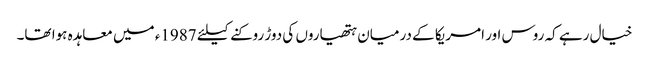
خیال رہے کہ روس اور امریکا کے درمیان ہتھیاروں کی دوڑ روکنے کیلئے 1987ء میں معاہدہ ہوا تھا۔